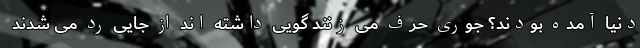
دنیا آمده بودند؟ جوری حرف می زنند گویی داشته اند از جایی رد می شدند